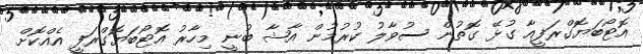
އޮޓޯބަޔޮގްރަފީއާ ގުޅޭ ގޮތުން ސުވާލު ކުރުމުން އާޝާ ބުނީ މިހާރު އޮޓޯބަޔޮގްރަފީ އެއްކޮށް